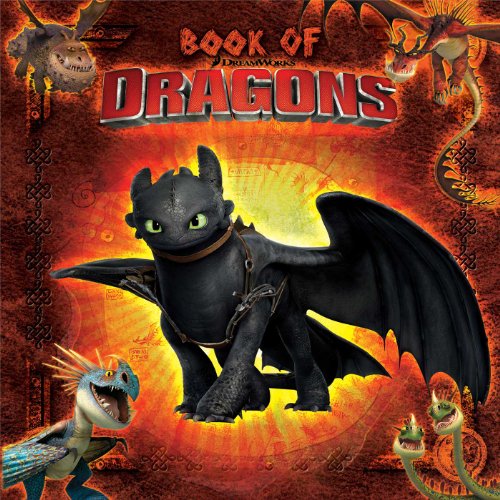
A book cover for Book of Dragons (How to Train Your Dragon TV); Maggie Testa; Children's Books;